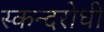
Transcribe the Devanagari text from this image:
स्कन्दरोधी